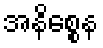
အနိစ္စေန